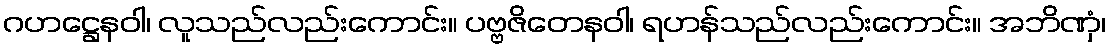
ဂဟဋ္ဌေနဝါ၊ လူသည်လည်းကောင်း။ ပဗ္ဗဇိတေနဝါ၊ ရဟန်သည်လည်းကောင်း။ အဘိဏှံ၊